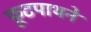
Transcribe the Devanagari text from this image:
फूटपाथने